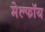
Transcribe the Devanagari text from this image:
मेल्फॉय